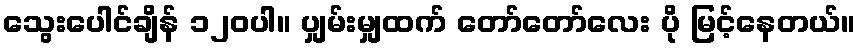
သွေးပေါင်ချိန် ၁၂၀ပါ။ ပျှမ်းမျှထက် တော်တော်လေး ပို မြင့်နေတယ်။